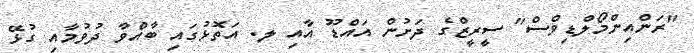
"ރަންއިންމޯލްޑިވްސް" ސީރީޒްގެ ދަށުން އައްޑޫ އާއި ލ. އަތޮޅުގައި ބާއްވާ ދުވުމާއި ގުޅޭ